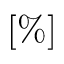
[ \% ]